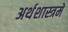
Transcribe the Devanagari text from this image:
अर्थशास्त्रमें